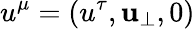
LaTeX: u^{\mu}=(u^{\tau},\mathbf{u}_{\perp},0)